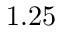
1 . 2 5